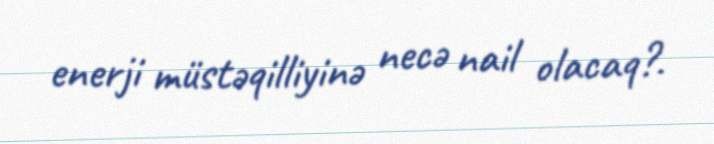
enerji müstəqilliyinə necə nail olacaq?.